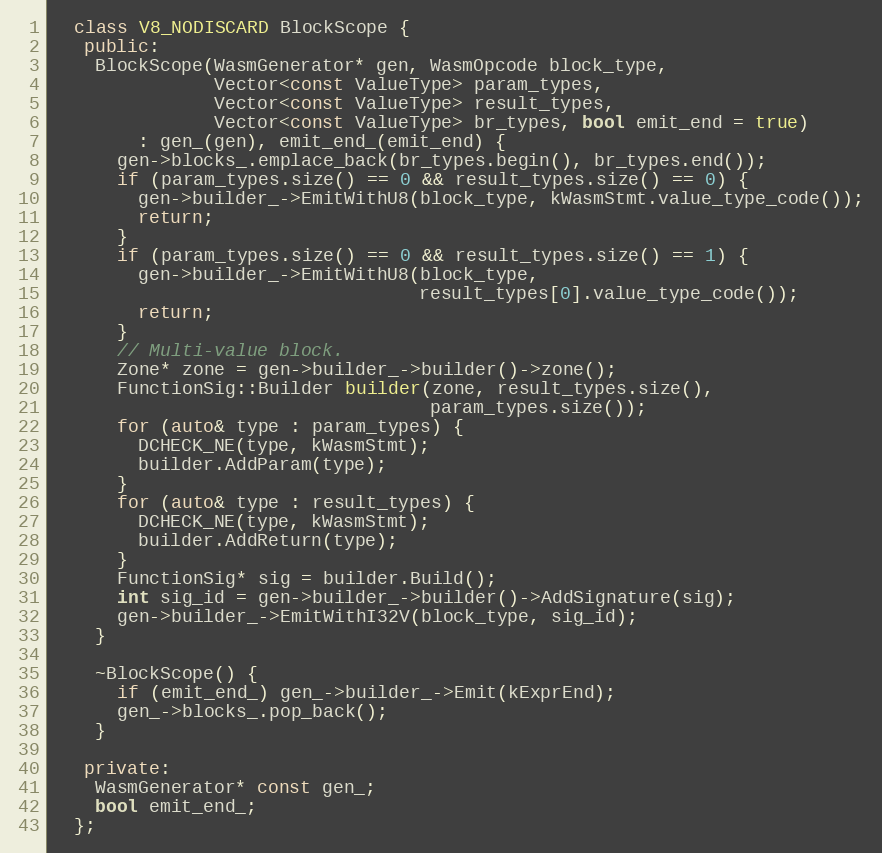
Language: C++
  class V8_NODISCARD BlockScope {
   public:
    BlockScope(WasmGenerator* gen, WasmOpcode block_type,
               Vector<const ValueType> param_types,
               Vector<const ValueType> result_types,
               Vector<const ValueType> br_types, bool emit_end = true)
        : gen_(gen), emit_end_(emit_end) {
      gen->blocks_.emplace_back(br_types.begin(), br_types.end());
      if (param_types.size() == 0 && result_types.size() == 0) {
        gen->builder_->EmitWithU8(block_type, kWasmStmt.value_type_code());
        return;
      }
      if (param_types.size() == 0 && result_types.size() == 1) {
        gen->builder_->EmitWithU8(block_type,
                                  result_types[0].value_type_code());
        return;
      }
      // Multi-value block.
      Zone* zone = gen->builder_->builder()->zone();
      FunctionSig::Builder builder(zone, result_types.size(),
                                   param_types.size());
      for (auto& type : param_types) {
        DCHECK_NE(type, kWasmStmt);
        builder.AddParam(type);
      }
      for (auto& type : result_types) {
        DCHECK_NE(type, kWasmStmt);
        builder.AddReturn(type);
      }
      FunctionSig* sig = builder.Build();
      int sig_id = gen->builder_->builder()->AddSignature(sig);
      gen->builder_->EmitWithI32V(block_type, sig_id);
    }

    ~BlockScope() {
      if (emit_end_) gen_->builder_->Emit(kExprEnd);
      gen_->blocks_.pop_back();
    }

   private:
    WasmGenerator* const gen_;
    bool emit_end_;
  };